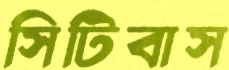
সিটিবাস